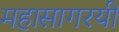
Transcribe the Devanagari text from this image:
महासागरयी